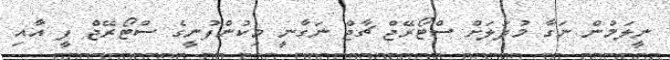
ނީލަމުން ނަގާ މުދަލަށް ސްޓޯރޭޖް ޗާޖް ނަގާނީ މިކުންފުނީގެ ސްޓޯރޭޖް ފީ އާއި